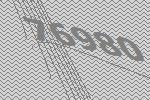
76980